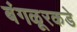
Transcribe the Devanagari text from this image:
बंगळूरकडे